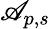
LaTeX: \mathscr{A}_{p,s}